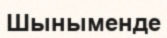
Шыныменде